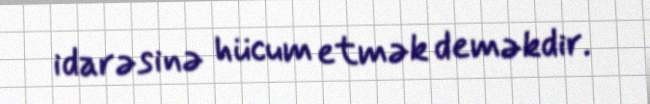
idarəsinə hücum etmək deməkdir.